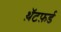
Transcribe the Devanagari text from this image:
थ़ॅटफ़र्ड